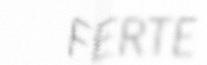
FERTE